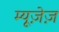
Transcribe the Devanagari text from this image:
म्यूज़ेज़